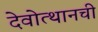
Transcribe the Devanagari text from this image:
देवोत्थानची